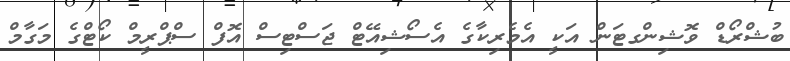
ބުޝްރޯޑް ވޮޝިންގޓަން އަކީ އެމެރިކާގެ އެސޯޝިއޭޓް ޖަސްޓިސް އޮފް ސްޕްރީމް ކޯޓްގެ މަގާމް